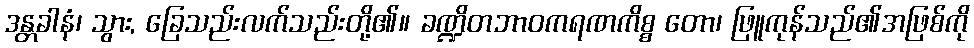
ဒန္တခါနံ၊ သွား, ခြေသည်းလက်သည်းတို့၏။ ခဏ္ဍိတဘာဝကရဏကိစ္စ တော၊ ဖြူကုန်သည်၏အဖြစ်ကို